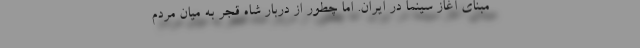
مبنای آغاز سینما در ایران. اما چطور از دربار شاه قجر به میان مردم